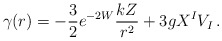
\begin{align*}\gamma(r) = - \frac 32 e^{-2W} \frac{kZ}{r^2} + 3g X^I V_I\,. \end{align*}